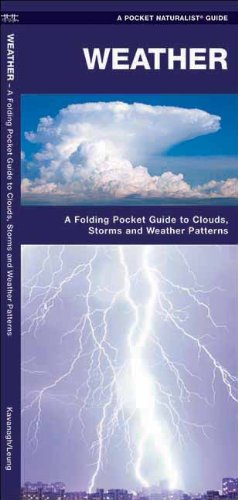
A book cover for Weather: A  Folding Pocket Guide to to Clouds, Storms and Weather Patterns (Pocket Naturalist Guide Series); James Kavanagh; Science & Math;